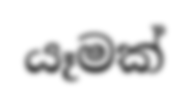
යෑමක්